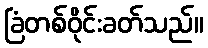
ခြံတစ်ဝိုင်းခတ်သည်။